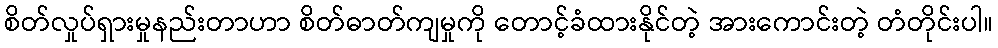
စိတ်လှုပ်ရှားမှုနည်းတာဟာ စိတ်ဓာတ်ကျမှုကို တောင့်ခံထားနိုင်တဲ့ အားကောင်းတဲ့ တံတိုင်းပါ။